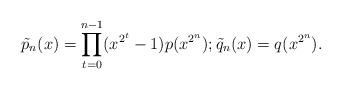
LaTeX: \begin{align*}\tilde{p}_n(x) = \prod_{t=0}^{n-1} (x^{2^t}-1) p(x^{2^n});\tilde{q}_n(x) = q(x^{2^n}).\end{align*}